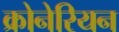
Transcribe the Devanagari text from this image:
क्रोनेरियन